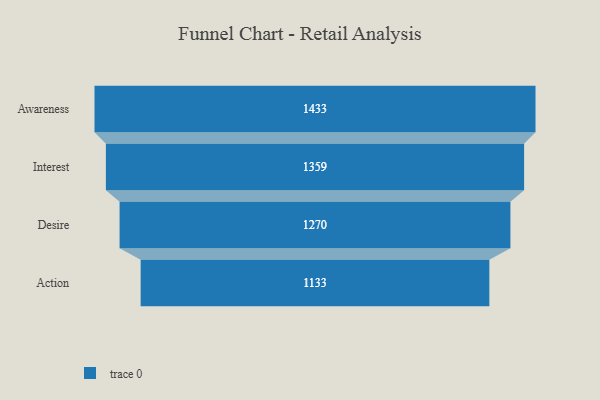
{"axis": {"x": "Stage", "y": "Value"}, "legend": [""], "data": [{"x": "Awareness", "y": 1433.0, "type": ""}, {"x": "Interest", "y": 1359.0, "type": ""}, {"x": "Desire", "y": 1270.0, "type": ""}, {"x": "Action", "y": 1133.0, "type": ""}]}